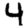
Digit: 4